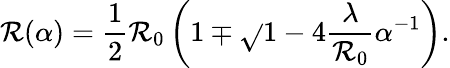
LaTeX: \mathcal{R}(\alpha)=\frac{{1}}{{2}}\mathcal{R}_{0}\left(1\mp\sqrt{}{{1-4\frac{{\lambda}}{{\mathcal{R}_{0}}}\alpha^{-1}}}\right).